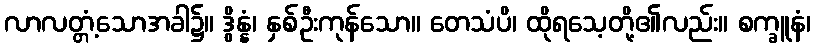
လာလတ္တံ့သောအခါ၌။ ဒွိန္နံ၊ နှစ်ဦးကုန်သော။ တေသံပိ၊ ထိုရသေ့တို့၏လည်း။ စက္ခူနံ၊